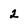
Character: 2